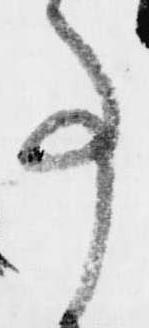
事